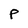
Character: P